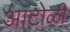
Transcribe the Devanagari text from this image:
आटोळी